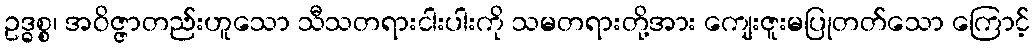
ဥဒ္ဓစ္စ၊ အဝိဇ္ဇာတည်းဟူသော သီသတရားငါးပါးကို သမတရားတို့အား ကျေးဇူးမပြုတတ်သော ကြောင့်